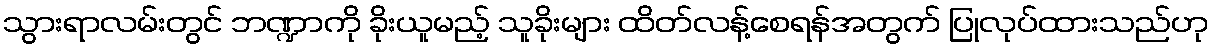
သွားရာလမ်းတွင် ဘဏ္ဍာကို ခိုးယူမည့် သူခိုးများ ထိတ်လန့်စေရန်အတွက် ပြုလုပ်ထားသည်ဟု